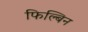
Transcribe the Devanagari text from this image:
फिल्बिन